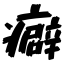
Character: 癖